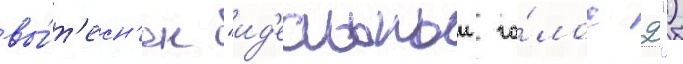
вы́т'есн'ен "ид'еальныи го́лос 2")